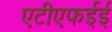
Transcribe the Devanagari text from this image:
एटीएफईई